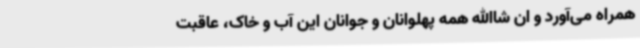
همراه می‌آورد و ان شاالله همه پهلوانان و جوانان این آب و خاک، عاقبت